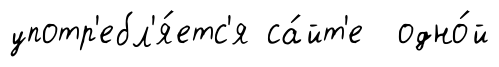
употр'ебл'я́етс'я са́йт'е одно́й